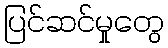
ပြင်ဆင်မှုတွေ